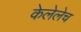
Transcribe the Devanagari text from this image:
केलेलेच